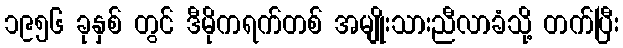
၁၉၅၆ ခုနှစ် တွင် ဒီမိုကရက်တစ် အမျိုးသားညီလာခံသို့ တက်ပြီး